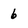
Character: 6